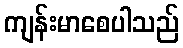
ကျန်းမာစေပါသည်